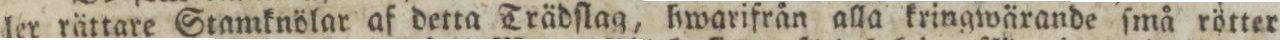
ler rättare Stamknölar af detta Trädſlag, hwarifrån alla kringwärande ſmå rötter